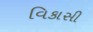
વિકાસી